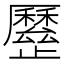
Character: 𣦯